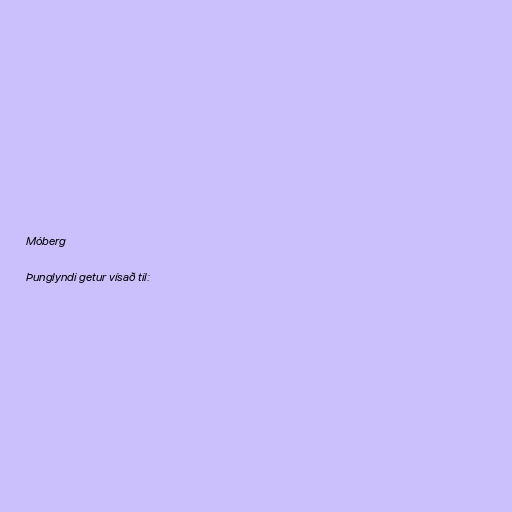
Móberg

Þunglyndi getur vísað til: